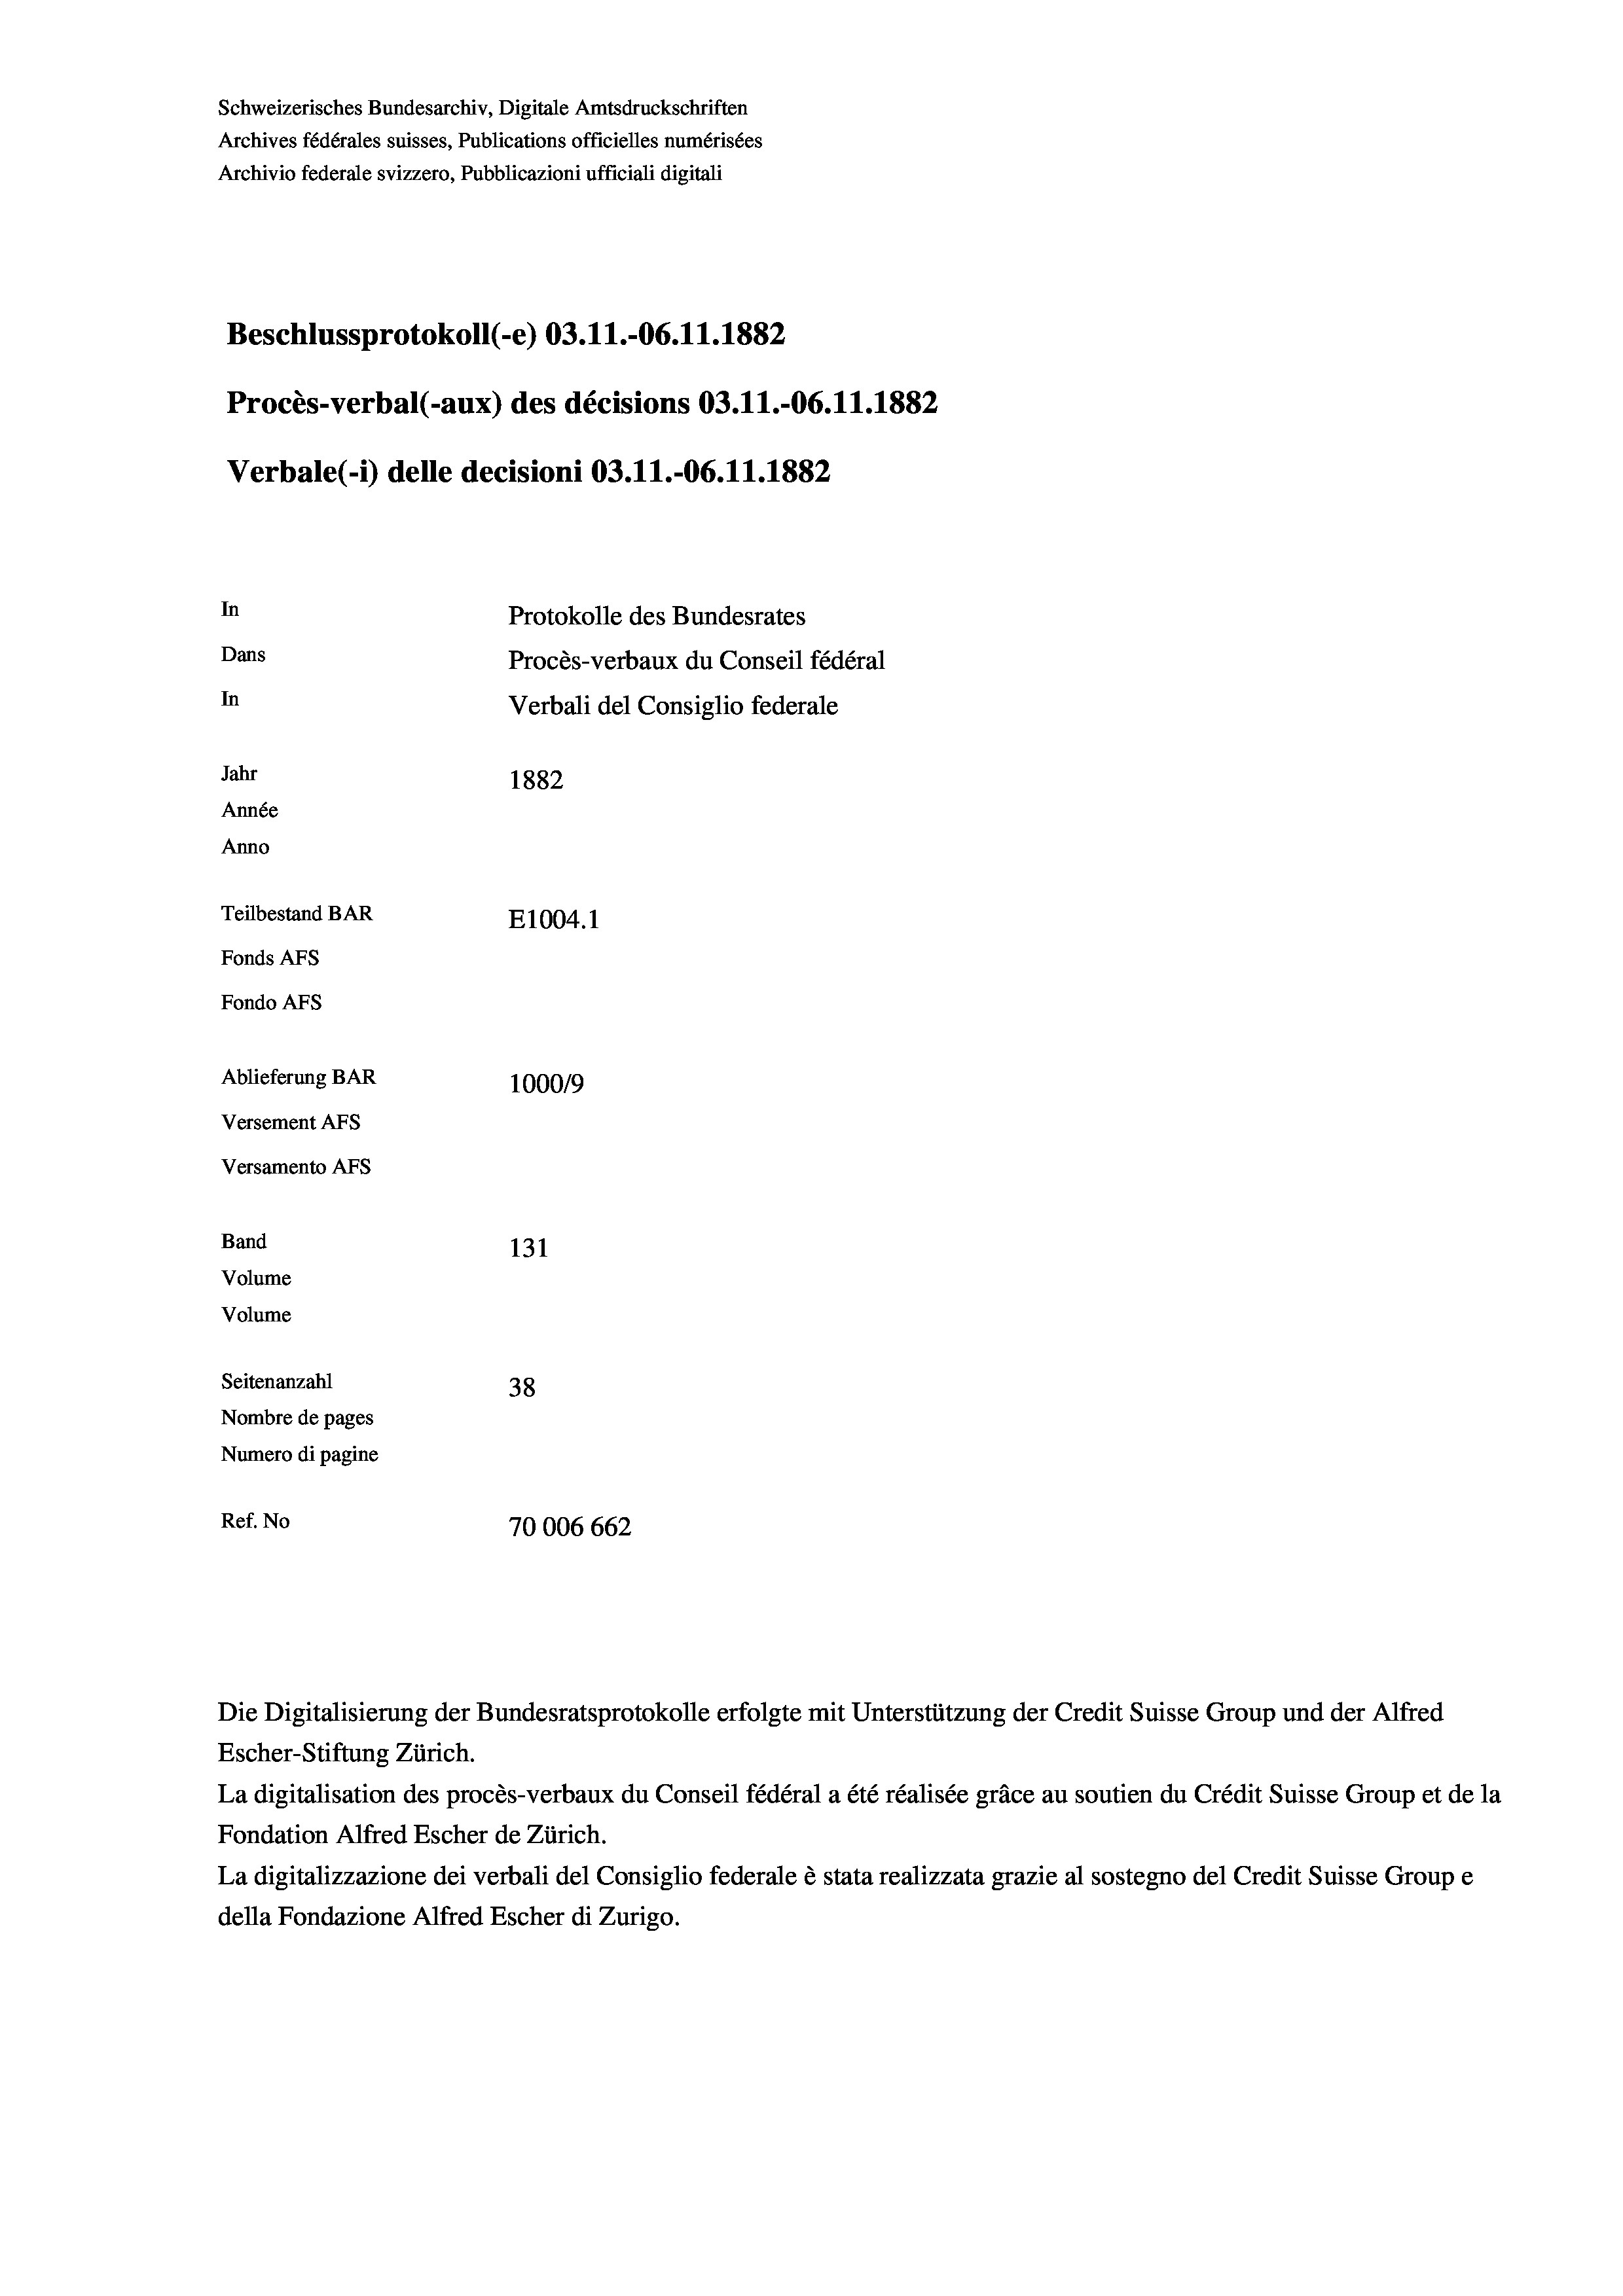
Schweizerisches Bundesarchiv, Digitale Amtsdruckschriften
Archives fédérales suisses, Publications officielles numérisées
Archivio federale svizzero, Pubblicazioni ufficiali digitali
Beschlussprotokoll (-e) 03.11.-06. 11. 1882
Procès-verbal (-aux) des décisions 03.11.-06.11.1882
Verbale (- 1) delle decisioni 03.11.-06. 11. 1882
In
Protokolle des Bundesrates
Dans
Procès-verbaux du Conseil fédéral
In
Verbali del Consiglio federale
Jahr
1882
Année
Anno
Teilbestand BAR
E1004. 1
Fonds AFs
Fondo AFS
Ablieferung BAR
100019
Versement AFs
Versamento Afs
Band
131
Volume
Volume
Seitenanzahl
38
Nombre de pages
Numero di pagine
Ref. No
70006662

Die Digitalisierung der Bundesratsprotokolle erfolgte mit Unterstützung der Credit Suisse Group und der Alfred

Escher-Stiftung Zürich.
La digitalisation des procès-verbaux du Conseil fédéral a été réalisée gräce au soutien du Crédit Suisse Group et de la
Fondation Alfred Escher de Zürich.
La digitalizzazione dei verbali del Consiglio federale è stata realizzata grazie al sostegno del Credit Suisse Groupe
della Fondazione Alfred Escher di Zurigo.